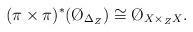
LaTeX: \begin{align*}(\pi \times \pi)^*( \O_{\Delta_Z}) \cong \O_{X \times_Z X}.\end{align*}